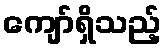
ကျော်ရှိသည့်